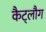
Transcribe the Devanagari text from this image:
कैट्लौग